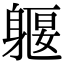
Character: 躽